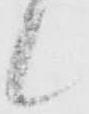
候